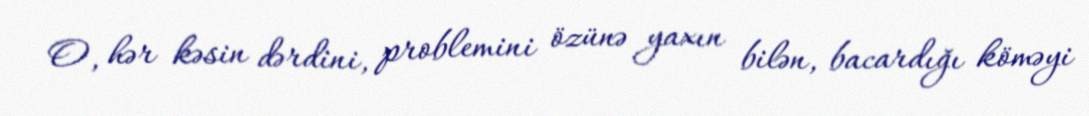
O, hər kəsin dərdini, problemini özünə yaxın bilən, bacardığı köməyi